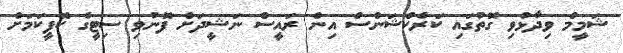
ޝަމީމް ވިދާޅުވި ގޮތުގައި ކަރެކްޝަންސް އިން ރައީސް ނަޝީދަށް ފޮނުވި ސިޓީގެ ކޮޕީކަމަށް